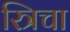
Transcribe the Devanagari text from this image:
स्त्रिचा